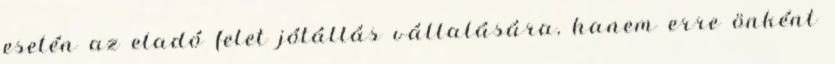
esetén az eladó felet jótállás vállalására, hanem erre önként